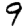
Digit: 9